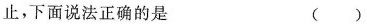
止，下面说法正确的是 ( )